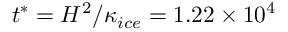
t ^ { * } = H ^ { 2 } / \kappa _ { i c e } = 1 . 2 2 \times 1 0 ^ { 4 }